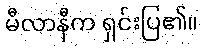
မီလာနီက ရှင်းပြ၏။